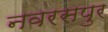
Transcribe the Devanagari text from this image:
नवरसपुर